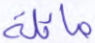
مائلة